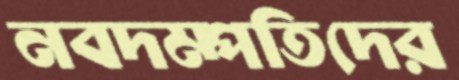
নবদম্পতিদের